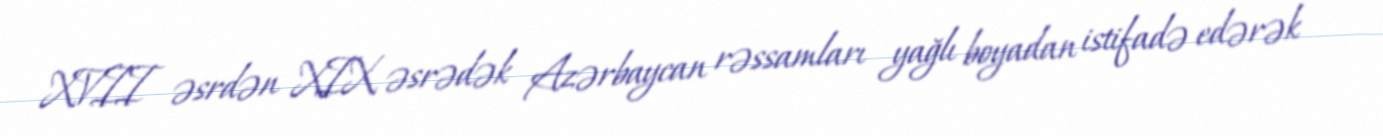
XVII əsrdən XIX əsrədək Azərbaycan rəssamları yağlı boyadan istifadə edərək